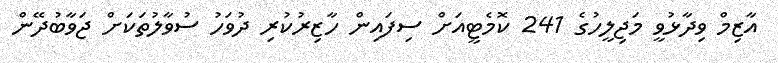
އާޒިމް ވިދާޅުވީ މަޖިލީހުގެ 241 ކޮމެޓީއަށް ސިފައިން ހާޒިރުކުރި ދުވަހު ސުވާލުތަކަށް ޖަވާބުދޭން